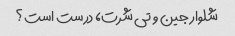
شلوار جین و تی شرت، درست است؟